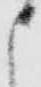
申